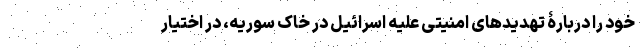
خود را دربارۀ تهدیدهای امنیتی علیه اسرائیل در خاک سوریه، در اختیار